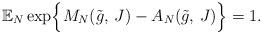
LaTeX: \begin{align*}\mathbb{E}_{N}\exp\Bigl\{ M_{N}(\tilde{g},\,J)-A_{N}(\tilde{g},\,J)\Bigr\}=1.\end{align*}